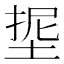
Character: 𭎵